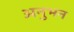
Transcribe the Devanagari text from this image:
अनुभन